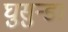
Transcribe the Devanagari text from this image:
घुसुन्डा